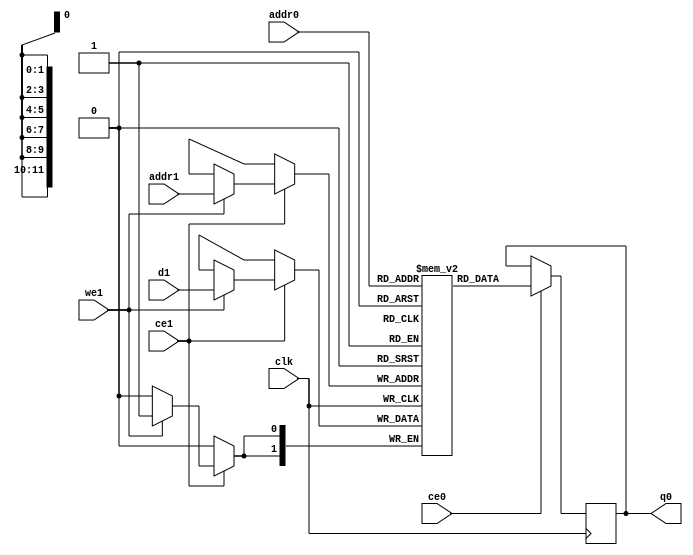
// ==============================================================
// Vitis HLS - High-Level Synthesis from C, C++ and OpenCL v2020.2 (64-bit)
// Copyright 1986-2020 Xilinx, Inc. All Rights Reserved.
// ==============================================================
`timescale 1 ns / 1 ps
module ConvolutionInputGenerator_5_ConvolutionInputGenerator_3u_256u_2u_10u_8u_1u_1u_ap_resource_lutram_s_inputBbkb_ram (addr0, ce0, q0, addr1, ce1, d1, we1,  clk);

parameter DWIDTH = 2;
parameter AWIDTH = 12;
parameter MEM_SIZE = 2560;

input[AWIDTH-1:0] addr0;
input ce0;
output reg[DWIDTH-1:0] q0;
input[AWIDTH-1:0] addr1;
input ce1;
input[DWIDTH-1:0] d1;
input we1;
input clk;

(* ram_style = "distributed" *)reg [DWIDTH-1:0] ram[0:MEM_SIZE-1];




always @(posedge clk)  
begin 
    if (ce0) begin
        q0 <= ram[addr0];
    end
end


always @(posedge clk)  
begin 
    if (ce1) begin
        if (we1) 
            ram[addr1] <= d1; 
    end
end


endmodule

`timescale 1 ns / 1 ps
module ConvolutionInputGenerator_5_ConvolutionInputGenerator_3u_256u_2u_10u_8u_1u_1u_ap_resource_lutram_s_inputBbkb(
    reset,
    clk,
    address0,
    ce0,
    q0,
    address1,
    ce1,
    we1,
    d1);

parameter DataWidth = 32'd2;
parameter AddressRange = 32'd2560;
parameter AddressWidth = 32'd12;
input reset;
input clk;
input[AddressWidth - 1:0] address0;
input ce0;
output[DataWidth - 1:0] q0;
input[AddressWidth - 1:0] address1;
input ce1;
input we1;
input[DataWidth - 1:0] d1;



ConvolutionInputGenerator_5_ConvolutionInputGenerator_3u_256u_2u_10u_8u_1u_1u_ap_resource_lutram_s_inputBbkb_ram ConvolutionInputGenerator_5_ConvolutionInputGenerator_3u_256u_2u_10u_8u_1u_1u_ap_resource_lutram_s_inputBbkb_ram_U(
    .clk( clk ),
    .addr0( address0 ),
    .ce0( ce0 ),
    .q0( q0 ),
    .addr1( address1 ),
    .ce1( ce1 ),
    .we1( we1 ),
    .d1( d1 ));

endmodule